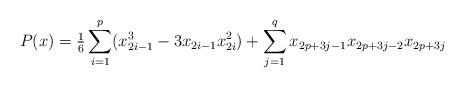
LaTeX: \begin{align*}P(x) = \tfrac{1}{6}\sum_{i = 1}^{p}(x_{2i-1}^{3} - 3x_{2i-1}x_{2i}^{2}) + \sum_{j = 1}^{q}x_{2p + 3j-1}x_{2p + 3j-2}x_{2p + 3j} \end{align*}